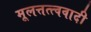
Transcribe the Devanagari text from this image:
मूलत्तत्त्ववादी